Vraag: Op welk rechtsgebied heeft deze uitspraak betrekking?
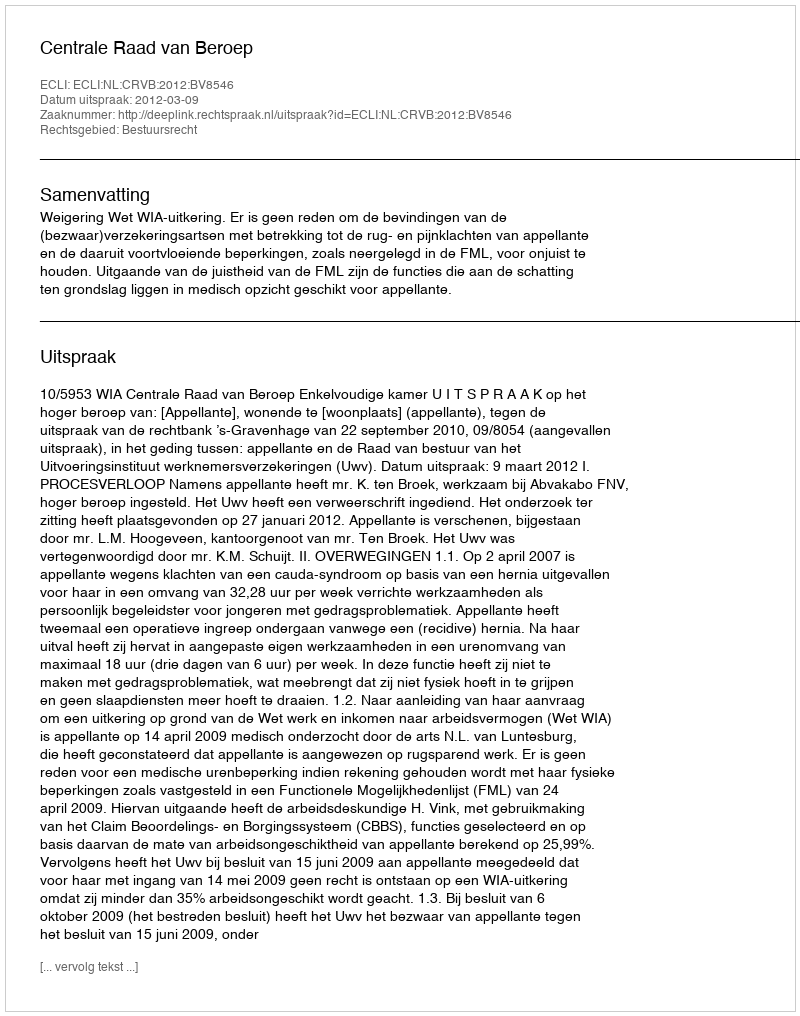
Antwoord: Bestuursrecht